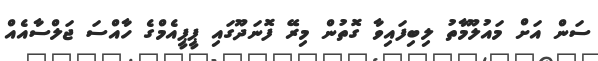
ސަން އަށް މައުލޫމާތު ލިބިފައިވާ ގޮތުން މިރޭ ފޮނަދޫގައި ޕީޕީއެމްގެ ހާއްސަ ޖަލްސާއެއް